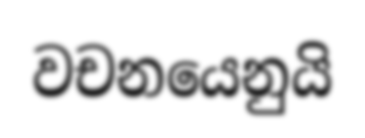
වචනයෙනුයි